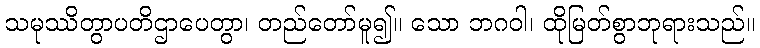
သမုဿိတွာပတိဌာပေတွာ၊ တည်တော်မူ၍။ သော ဘဂဝါ၊ ထိုမြတ်စွာဘုရားသည်။